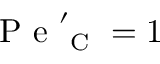
\mathrm { ~ P ~ e ~ } _ { \mathrm { ~ C ~ } } ^ { \prime } = 1